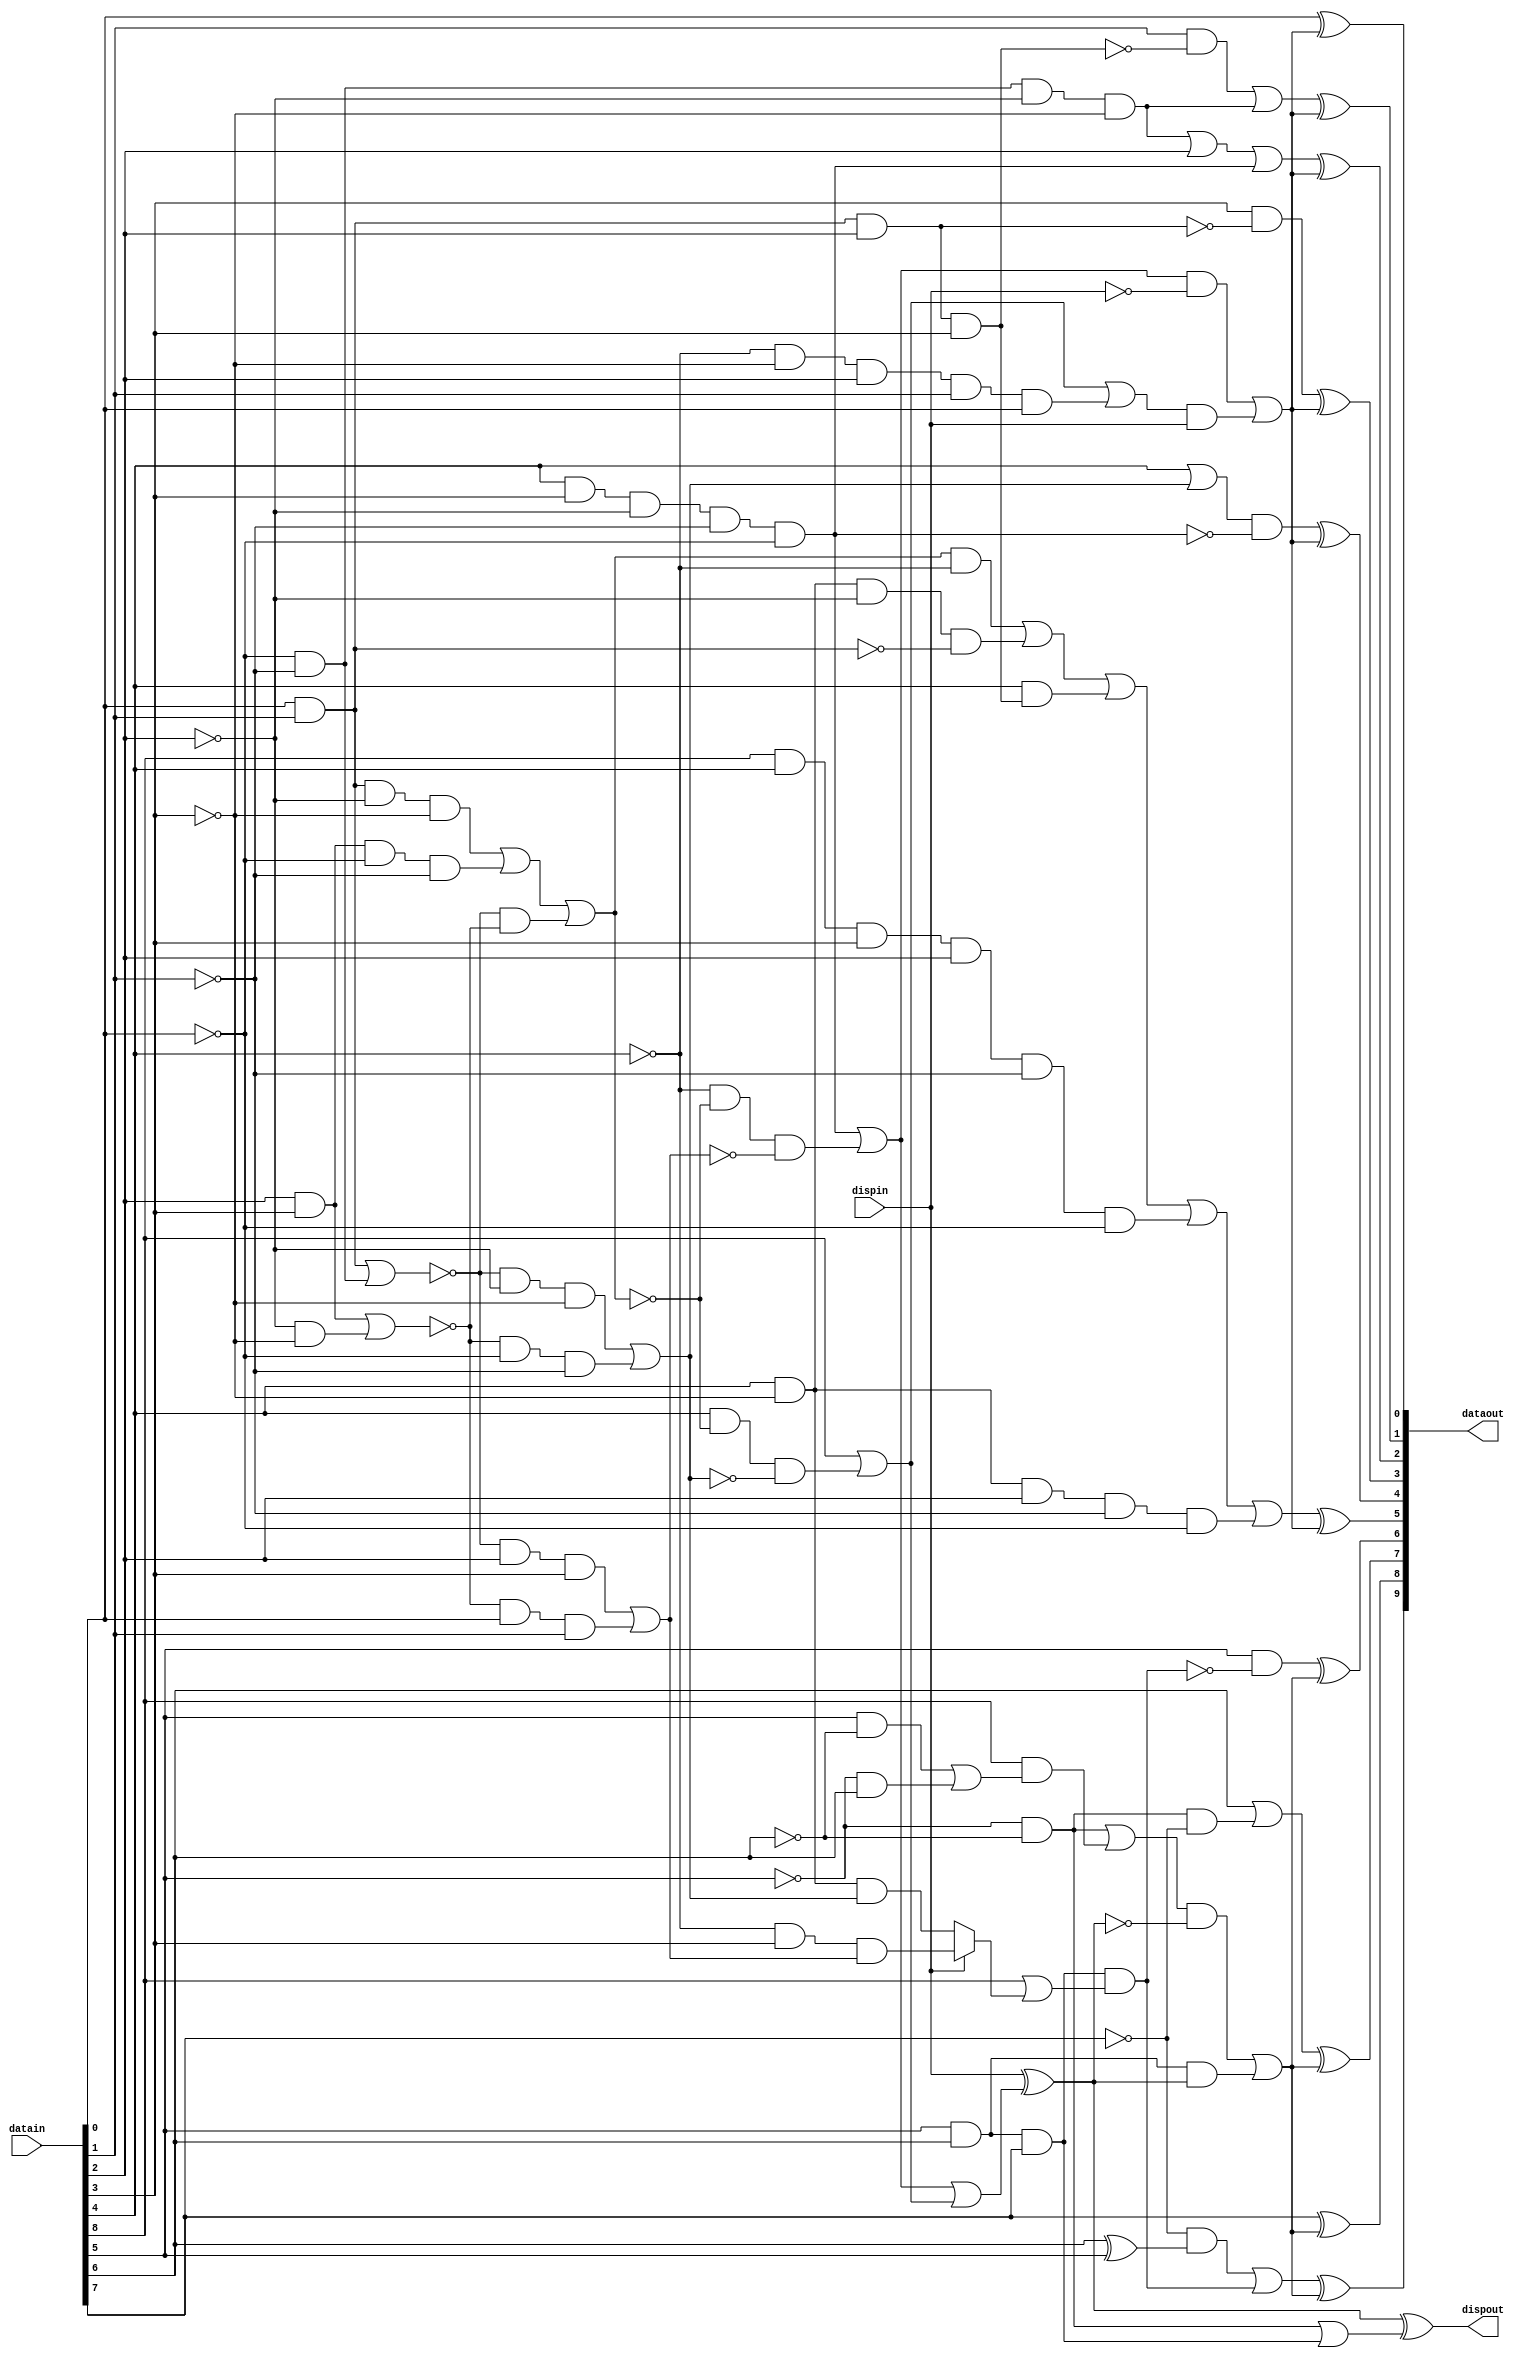
module encode (datain, dispin, dataout, dispout) ;
  input [8:0]   datain ;
  input 	dispin ;  
  output [9:0]	dataout ;
  output	dispout ;
  wire ai = datain[0] ;
  wire bi = datain[1] ;
  wire ci = datain[2] ;
  wire di = datain[3] ;
  wire ei = datain[4] ;
  wire fi = datain[5] ;
  wire gi = datain[6] ;
  wire hi = datain[7] ;
  wire ki = datain[8] ;
  wire aeqb = (ai & bi) | (!ai & !bi) ;
  wire ceqd = (ci & di) | (!ci & !di) ;
  wire l22 = (ai & bi & !ci & !di) |
	     (ci & di & !ai & !bi) |
	     ( !aeqb & !ceqd) ;
  wire l40 = ai & bi & ci & di ;
  wire l04 = !ai & !bi & !ci & !di ;
  wire l13 = ( !aeqb & !ci & !di) |
	     ( !ceqd & !ai & !bi) ;
  wire l31 = ( !aeqb & ci & di) |
	     ( !ceqd & ai & bi) ;
  wire ao = ai ;
  wire bo = (bi & !l40) | l04 ;
  wire co = l04 | ci | (ei & di & !ci & !bi & !ai) ;
  wire do = di & ! (ai & bi & ci) ;
  wire eo = (ei | l13) & ! (ei & di & !ci & !bi & !ai) ;
  wire io = (l22 & !ei) |
	    (ei & !di & !ci & !(ai&bi)) |  
	    (ei & l40) |
	    (ki & ei & di & ci & !bi & !ai) | 
	    (ei & !di & ci & !bi & !ai) ;
  wire pd1s6 = (ei & di & !ci & !bi & !ai) | (!ei & !l22 & !l31) ;
  wire nd1s6 = ki | (ei & !l22 & !l13) | (!ei & !di & ci & bi & ai) ;
  wire ndos6 = pd1s6 ;
  wire pdos6 = ki | (ei & !l22 & !l13) ;
  wire alt7 = fi & gi & hi & (ki | 
			      (dispin ? (!ei & di & l31) : (ei & !di & l13))) ;
  wire fo = fi & ! alt7 ;
  wire go = gi | (!fi & !gi & !hi) ;
  wire ho = hi ;
  wire jo = (!hi & (gi ^ fi)) | alt7 ;
  wire nd1s4 = fi & gi ;
  wire pd1s4 = (!fi & !gi) | (ki & ((fi & !gi) | (!fi & gi))) ;
  wire ndos4 = (!fi & !gi) ;
  wire pdos4 = fi & gi & hi ;
  wire illegalk = ki & 
		  (ai | bi | !ci | !di | !ei) & 
		  (!fi | !gi | !hi | !ei | !l31) ; 
  wire compls6 = (pd1s6 & !dispin) | (nd1s6 & dispin) ;
  wire disp6 = dispin ^ (ndos6 | pdos6) ;
  wire compls4 = (pd1s4 & !disp6) | (nd1s4 & disp6) ;
  assign dispout = disp6 ^ (ndos4 | pdos4) ;
  assign dataout = {(jo ^ compls4), (ho ^ compls4),
		    (go ^ compls4), (fo ^ compls4),
		    (io ^ compls6), (eo ^ compls6),
		    (do ^ compls6), (co ^ compls6),
		    (bo ^ compls6), (ao ^ compls6)} ;
endmodule